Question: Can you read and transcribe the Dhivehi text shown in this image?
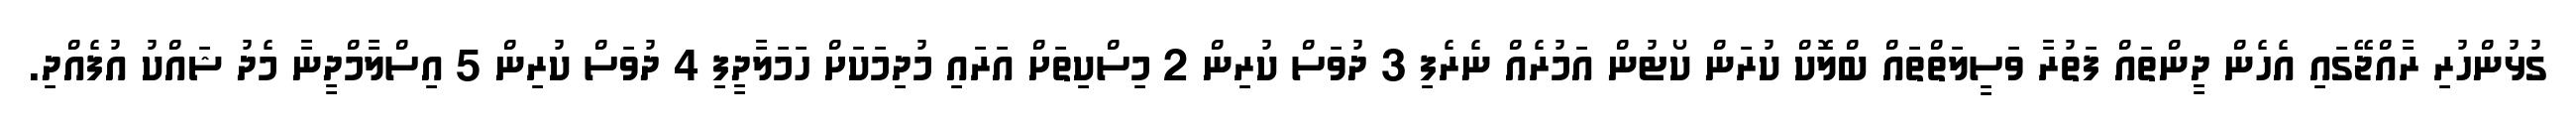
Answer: ގުޅުންހުރި ރާއްޖޭގައި އެހެން ދީންތައް ފަތުރާ ވަސީލަތްތައް ބްލޮކް ކުރަން ކޯޓުން އަމުރެއް ނެރެފި 3 ދުވަސް ކުރިން 2 މިސްކިތަށް އަރައި މުދިމަކަށް ހަމަލާދީފި 4 ދުވަސް ކުރިން 5 އިސްލާމްދީނާ މެދު ޝައްކު އުފެއްދި.